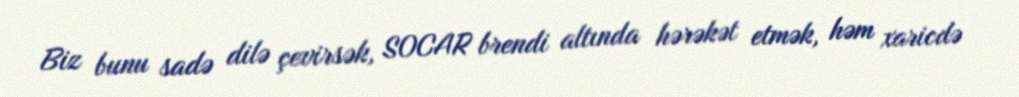
Biz bunu sadə dilə çevirsək, SOCAR brendi altında hərəkət etmək, həm xaricdə